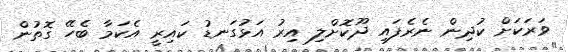
ވަރަކަށް ކުދިން ނެރެފައި ދޫކޮށްލި އިރު އަޅުގަނޑު ކައިރީ އެކަމާ ބެހޭ ގޮތުން